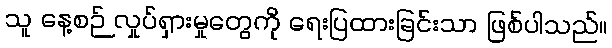
သူ နေ့စဉ် လှုပ်ရှားမှုတွေကို ရေးပြထားခြင်းသာ ဖြစ်ပါသည်။